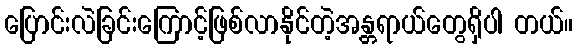
ပြောင်းလဲခြင်းကြောင့်ဖြစ်လာနိုင်တဲ့အန္တရာယ်တွေရှိပါ တယ်။